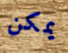
يمكن